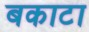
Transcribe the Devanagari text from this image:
बकाटा